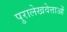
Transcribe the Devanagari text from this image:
पुरालेखवेत्ताओं